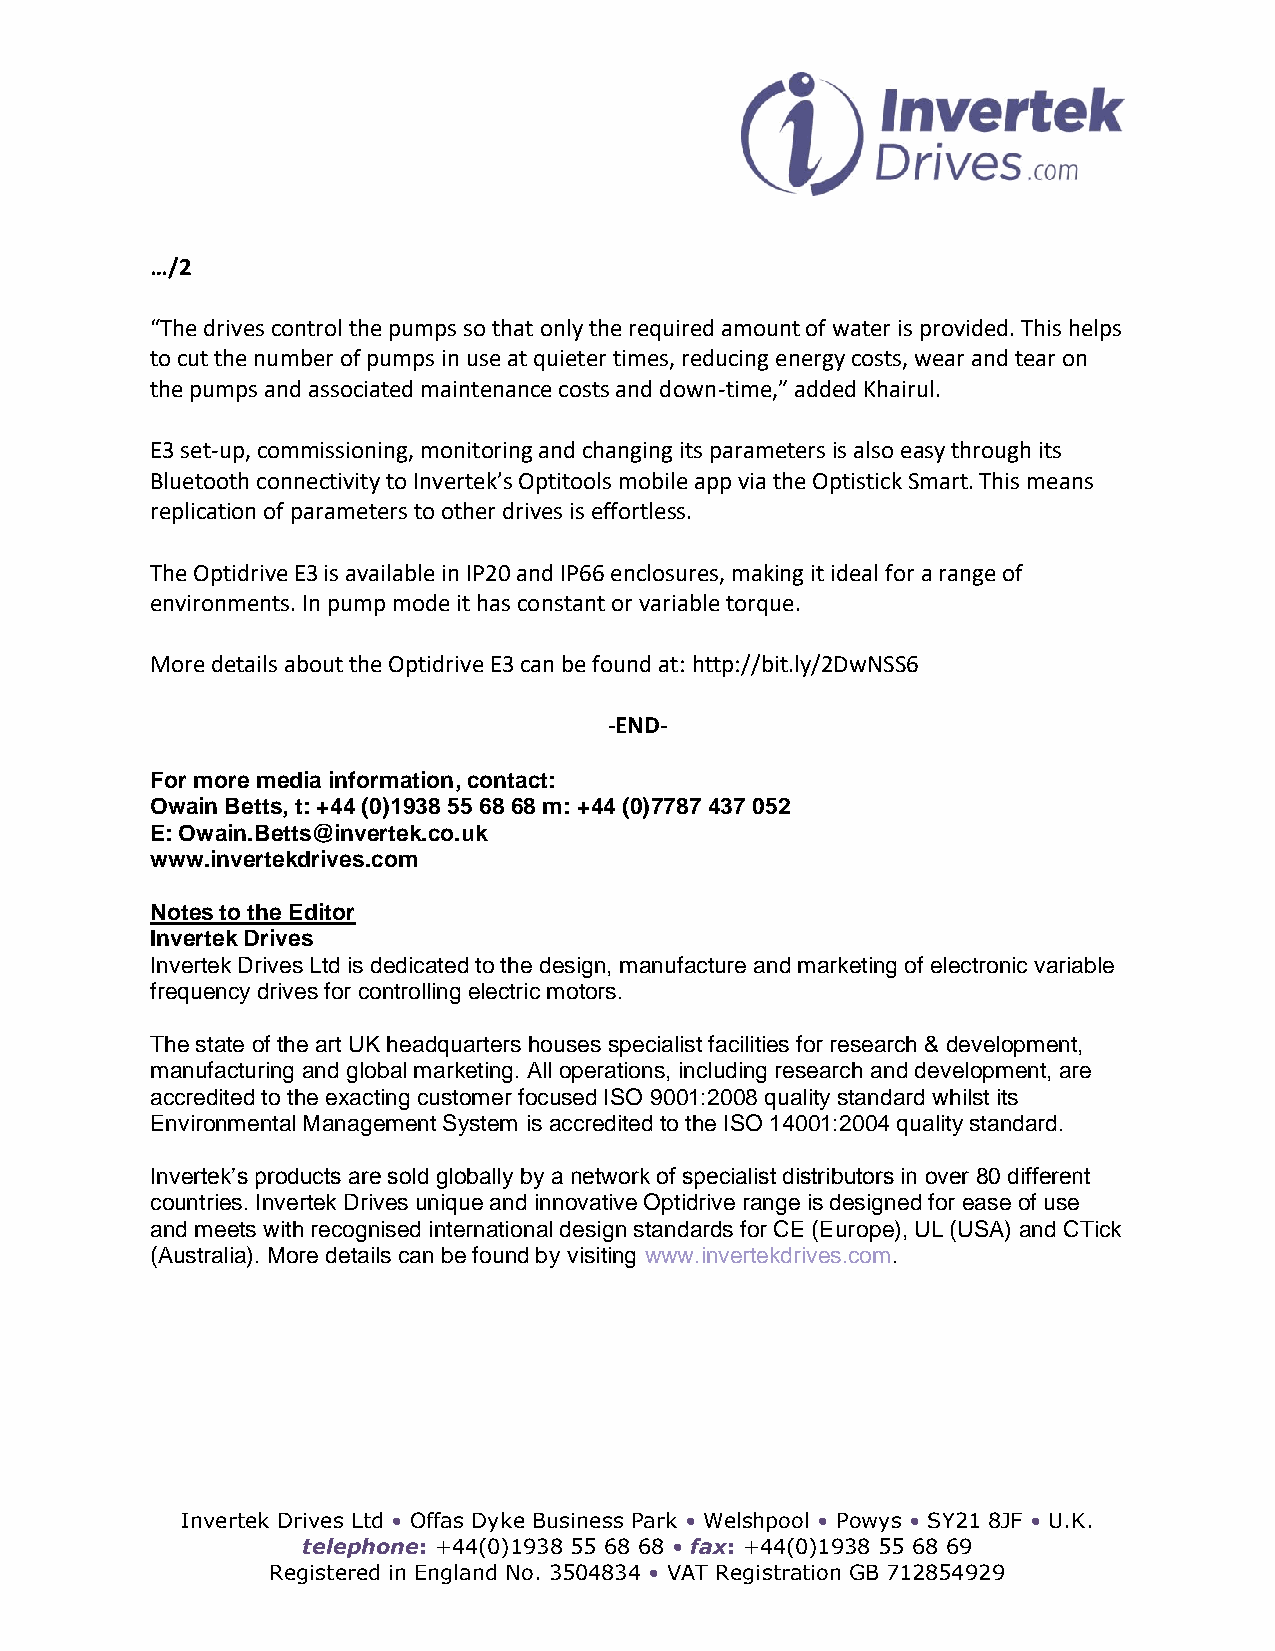
…/2
 “The drives control the pumps so that only the required amount of water is provided. This helps
 to cut the number of pumps in use at quieter times, reducing energy costs, wear and tear on
 the pumps and associated maintenance costs and down-time,” added Khairul.
 E3 set-up, commissioning, monitoring and changing its parameters is also easy through its
 Bluetooth connectivity to Invertek’s Optitools mobile app via the Optistick Smart. This means
 replication of parameters to other drives is effortless.
 The Optidrive E3 is available in IP20 and IP66 enclosures, making it ideal for a range of
 environments. In pump mode it has constant or variable torque.
 More details about the Optidrive E3 can be found at: http://bit.ly/2DwNSS6
 -END-
 For more media information, contact:
 Owain Betts, t: +44 (0)1938 55 68 68 m: +44 (0)7787 437 052
 E: Owain.Betts@invertek.co.uk
 www.invertekdrives.com
 Notes to the Editor
 Invertek Drives
 Invertek Drives Ltd is dedicated to the design, manufacture and marketing of electronic variable
 frequency drives for controlling electric motors.
 The state of the art UK headquarters houses specialist facilities for research & development,
 manufacturing and global marketing. All operations, including research and development, are
 accredited to the exacting customer focused ISO 9001:2008 quality standard whilst its
 Environmental Management System is accredited to the ISO 14001:2004 quality standard.
 Invertek’s products are sold globally by a network of specialist distributors in over 80 different
 countries. Invertek Drives unique and innovative Optidrive range is designed for ease of use
 and meets with recognised international design standards for CE (Europe), UL (USA) and CTick
 (Australia). More details can be found by visiting www.invertekdrives.com.
 Invertek Drives Ltd • Offas Dyke Business Park • Welshpool • Powys • SY21 8JF • U.K.
 telephone: +44(0)1938 55 68 68 • fax: +44(0)1938 55 68 69
 Registered in England No. 3504834 • VAT Registration GB 712854929